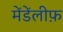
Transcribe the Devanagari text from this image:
मेंडेंलीफ़